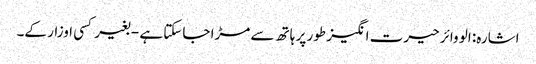
اشارہ: الو وائر حیرت انگیز طور پر ہاتھ سے مڑا جاسکتا ہے - بغیر کسی اوزار کے۔